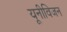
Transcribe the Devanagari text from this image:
यूनीविजन